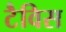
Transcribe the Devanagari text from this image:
टैविस